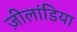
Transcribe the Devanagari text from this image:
ज़ीलांडिया